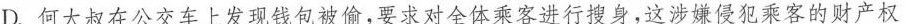
D.何大叔在公交车上发现钱包被偷，要求对全体乘客进行搜身，这涉嫌侵犯乘客的财产权